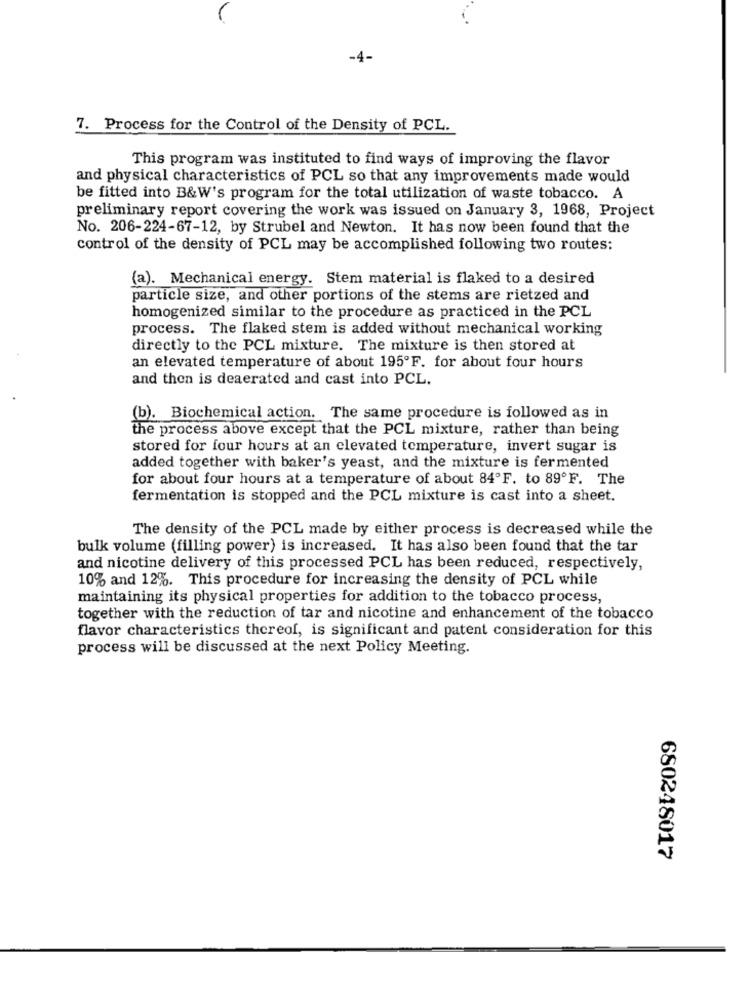
-4-
7. Process for the Control of the Density of PCL.
This program was instituted to find ways of improving the flavor
and physical characteristics of PCL so that any improvements made would
be fitted into B&W's program for the total utilization of waste tobacco. A
preliminary report covering the work was issued on January 3, 1968, Project
No. 206-224-67-12, by Strubel and Newton. It has now been found that the
control of the density of PCL may be accomplished following two routes:
(a). Mechanical energy. Stem material is flaked to a desired
particle size, and other portions of the stems are rietzed and
homogenized similar to the procedure as practiced in the PCL
process. The flaked stem is added without mechanical working
directly to the PCL mixture. The mixture is then stored at
an elevated temperature of about 195ºF. for about four hours
and then is deaerated and cast into PCL.
(b). Biochemical action. The same procedure is followed as in
the process above except that the PCL mixture, rather than being
stored for four hours at an elevated temperature, invert sugar is
added together with baker's yeast, and the mixture is fermented
for about four hours at a temperature of about 84ºF. to 89ºF. The
fermentation is stopped and the PCL mixture is cast into a sheet.
The density of the PCL made by either process is decreased while the
bulk volume (filling power) is increased. It has also been found that the tar
and nicotine delivery of this processed PCL has been reduced, respectively,
10% and 12%. This procedure for increasing the density of PCL while
maintaining its physical properties for addition to the tobacco process,
together with the reduction of tar and nicotine and enhancement of the tobacco
flavor characteristics thereof, is significant and patent consideration for this
process will be discussed at the next Policy Meeting.
680248017